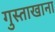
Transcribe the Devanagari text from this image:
गुस्ताखाना